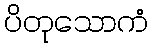
ပိတုသောကံ